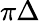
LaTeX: \pi\Delta